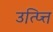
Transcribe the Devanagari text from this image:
उत्प्त्ति